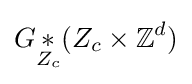
G{\underset {Z_{c}}{\ast }}(Z_{c}\times \mathbb {Z} ^{d})